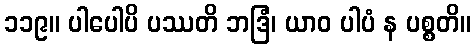
၁၁၉။ ပါပေါပိ ပဿတိ ဘဒြံ၊ ယာဝ ပါပံ န ပစ္စတိ။